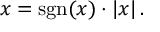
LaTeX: x = \operatorname { s g n } ( x ) \cdot | x | \, .